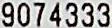
9074333